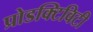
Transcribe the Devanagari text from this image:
प्रोडक्टिविटी